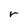
Character: r